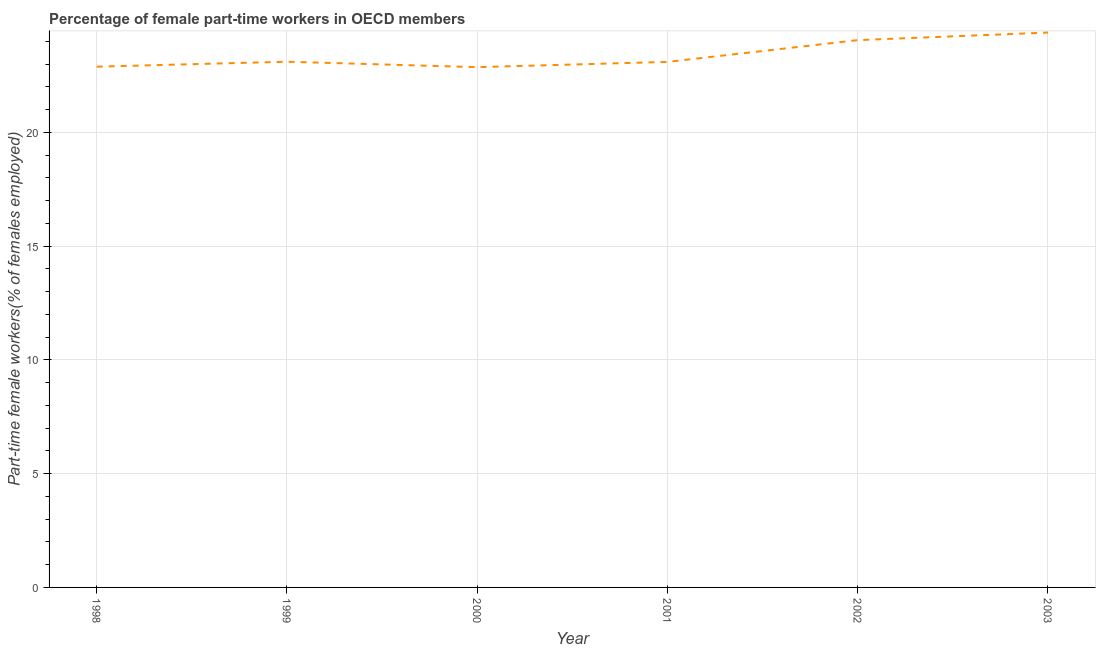
| Year | Part time employment |
 | --- | --- |
 | 1998 | 22.9 |
 | 1999 | 23.1 |
 | 2000 | 22.9 |
 | 2001 | 23.1 |
 | 2002 | 24.1 |
 | 2003 | 24.4 |